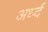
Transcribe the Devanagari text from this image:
अर्ध्द